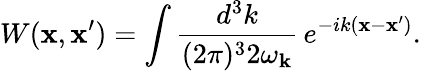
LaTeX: W(\mathbf{x},\mathbf{x}^{\prime})=\int\frac{{d^{3}k}}{{(2\pi)^{3}2\omega_{{\mathbf{k}}}}}\, e^{-ik(\mathbf{x}-\mathbf{x}^{\prime})}.